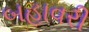
બહાવરી